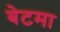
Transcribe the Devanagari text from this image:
बेटमा